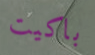
باكيت